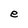
Character: e